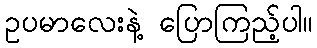
ဥပမာလေးနဲ့ ပြောကြည့်ပါ။